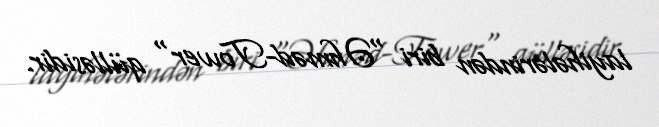
layihələrindən biri "Əhməd-Tower" qülləsidir.